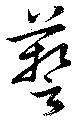
芸